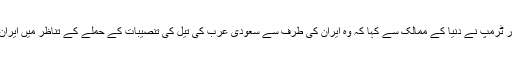
ایران کو اپنی تنقید کا نشانہ بناتے ہوئے صدر ٹرمپ نے دنیا کے ممالک سے کہا کہ وہ ایران کی طرف سے سعودی عرب کی تیل کی تنصیبات کے حملے کے تناظر میں ایران پر دباؤ ڈالنے کے لیے امریکہ کا ساتھ دیں۔